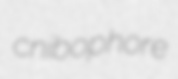
cnibophore